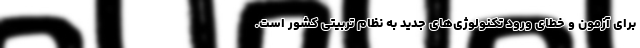
برای آزمون و خطای ورود تکنولوژی‌های جدید به نظام تربیتی کشور است.